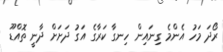
ރޯދަ މަހު އެންމެ ގިނައިން ހިނގާ ކަރާގެ އަގު ދަށަށް ދާނީ ތޮއްޑޫ